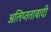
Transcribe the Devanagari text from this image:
अलिप्‍ततावादी